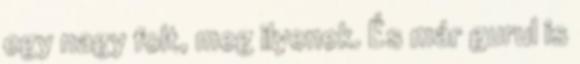
egy nagy folt, meg ilyenek. És már gurul is